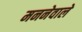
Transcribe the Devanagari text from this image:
मननेवाले